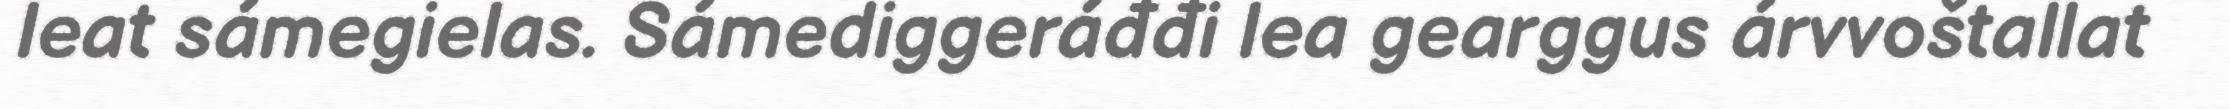
leat sámegielas. Sámediggeráđđi lea gearggus árvvoštallat